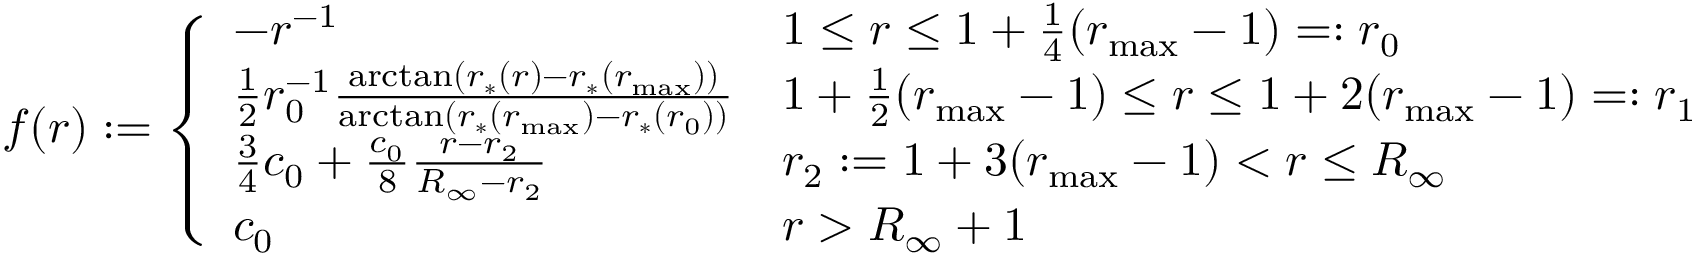
f ( r ) : = \left\{ \begin{array} { l l } { - r ^ { - 1 } } & { 1 \leq r \leq 1 + \frac { 1 } { 4 } ( r _ { \mathrm { m a x } } - 1 ) = : r _ { 0 } } \\ { \frac { 1 } { 2 } r _ { 0 } ^ { - 1 } \frac { \arctan ( r _ { * } ( r ) - r _ { * } ( r _ { \mathrm { m a x } } ) ) } { \arctan ( r _ { * } ( r _ { \mathrm { m a x } } ) - r _ { * } ( r _ { 0 } ) ) } } & { 1 + \frac { 1 } { 2 } ( r _ { \mathrm { m a x } } - 1 ) \leq r \leq 1 + 2 ( r _ { \mathrm { m a x } } - 1 ) = : r _ { 1 } } \\ { \frac { 3 } { 4 } c _ { 0 } + \frac { c _ { 0 } } { 8 } \frac { r - r _ { 2 } } { R _ { \infty } - r _ { 2 } } } & { r _ { 2 } : = 1 + 3 ( r _ { \mathrm { m a x } } - 1 ) < r \leq R _ { \infty } } \\ { c _ { 0 } } & { r > R _ { \infty } + 1 } \end{array} \right.